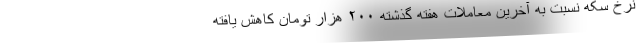
نرخ سکه نسبت به آخرین معاملات هفته گذشته ۲۰۰ هزار تومان کاهش یافته